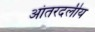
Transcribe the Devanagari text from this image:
आंतरदलीय